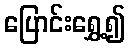
ပြောင်းရွှေ့၍